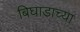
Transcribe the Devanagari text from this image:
बिघाडाच्या